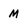
Character: M